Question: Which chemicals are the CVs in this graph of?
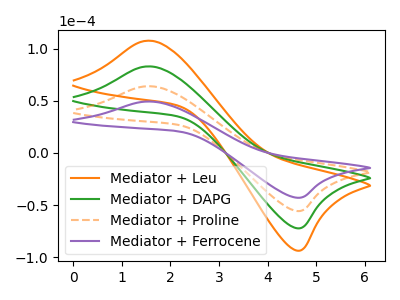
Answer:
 <answer>The orange curve is labeled "Mediator + Leu". The green curve is labeled "Mediator + DAPG". The orange dashed curve is labeled "Mediator + Proline". The purple curve is labeled "Mediator + Ferrocene".</answer>
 <eval></eval>